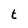
Character: t